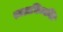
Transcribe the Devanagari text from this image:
स्वअभिव्यक्ति